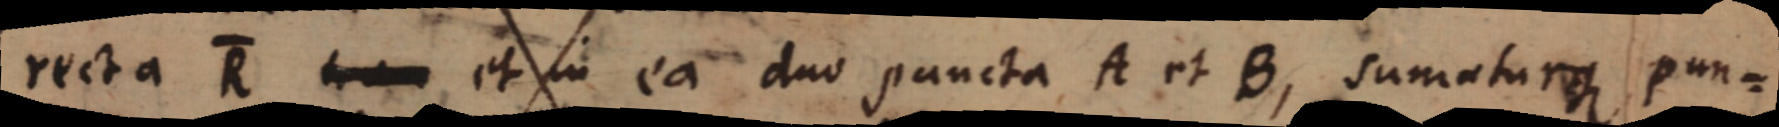
recta R et in ea duo puncta A et B, sumaturque pun